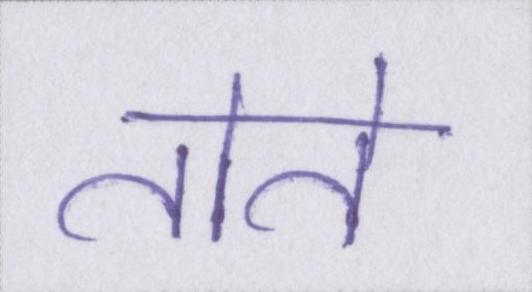
तोते